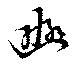
豳